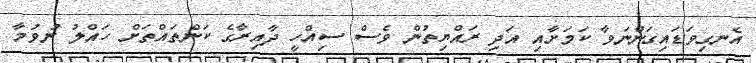
އެނގިވަޑައިގަންނަވާ ކަމަށާއި އަދި ރައްޔިތުން ވެސް ސިއްހީ ދާއިރާގެ ކަންތައްތަށް ހައްލު ނުވުމާ